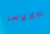
طقوس